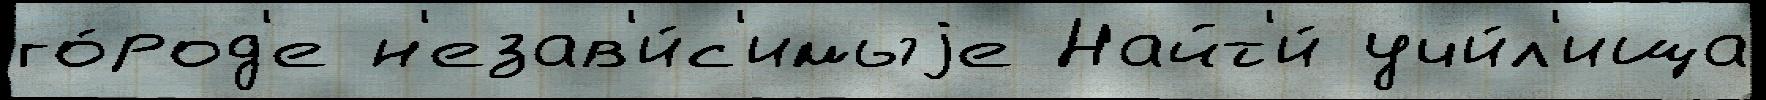
го́род'е н'езав'и́с'имыjе Найт'и́ учи́л'ища